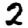
Digit: 2